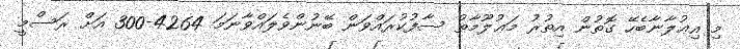
މި އިޢުލާނާބެހޭ ގޮތުން އިތުރު މަޢުލޫމާތު ސާފުކުރައްވަން ބޭނުންވެލައްވާނަމަ 4264-300 އަށް ރަސްމީ